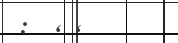
: